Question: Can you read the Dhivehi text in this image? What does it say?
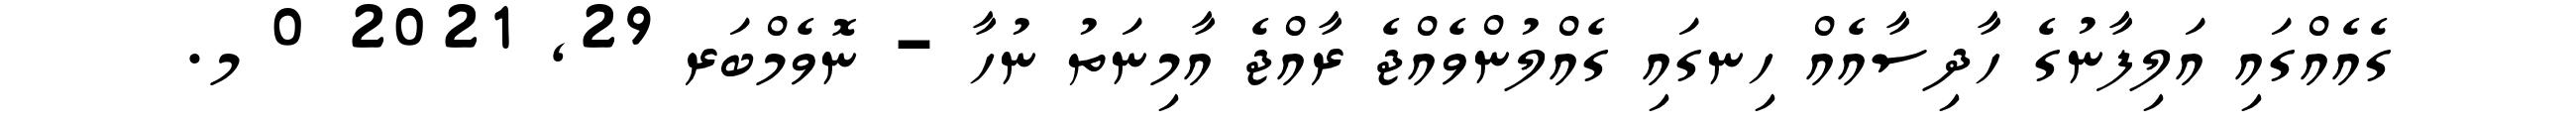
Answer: ގެއެއްގައި އަލިފާނުގެ ހާދިސާއެއް ހިނގައި ގެއްލުންވެއްޖެ ރާއްޖެ އާމިނަތު ނުހާ - ނޮވެމްބަރ 29, 2021 0 މ.